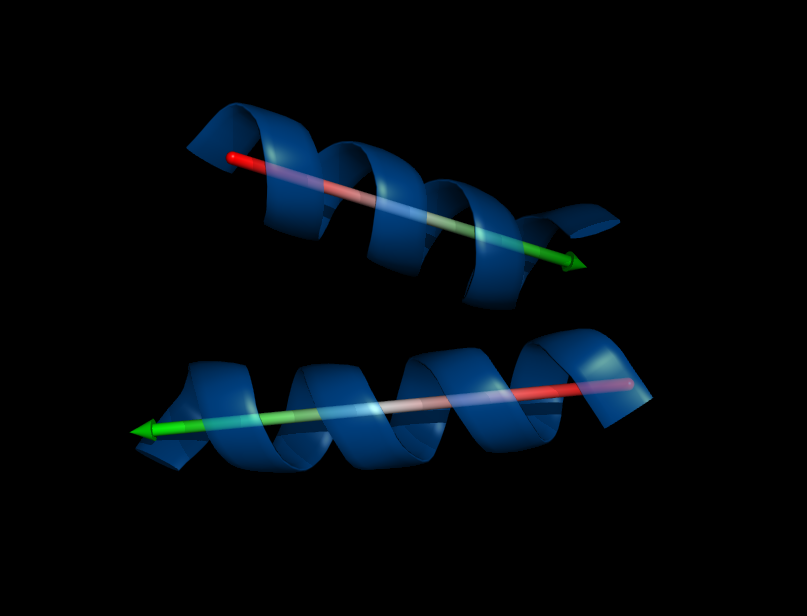
pymol, cartoon, angle between helix